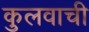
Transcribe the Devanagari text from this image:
कुलवाची